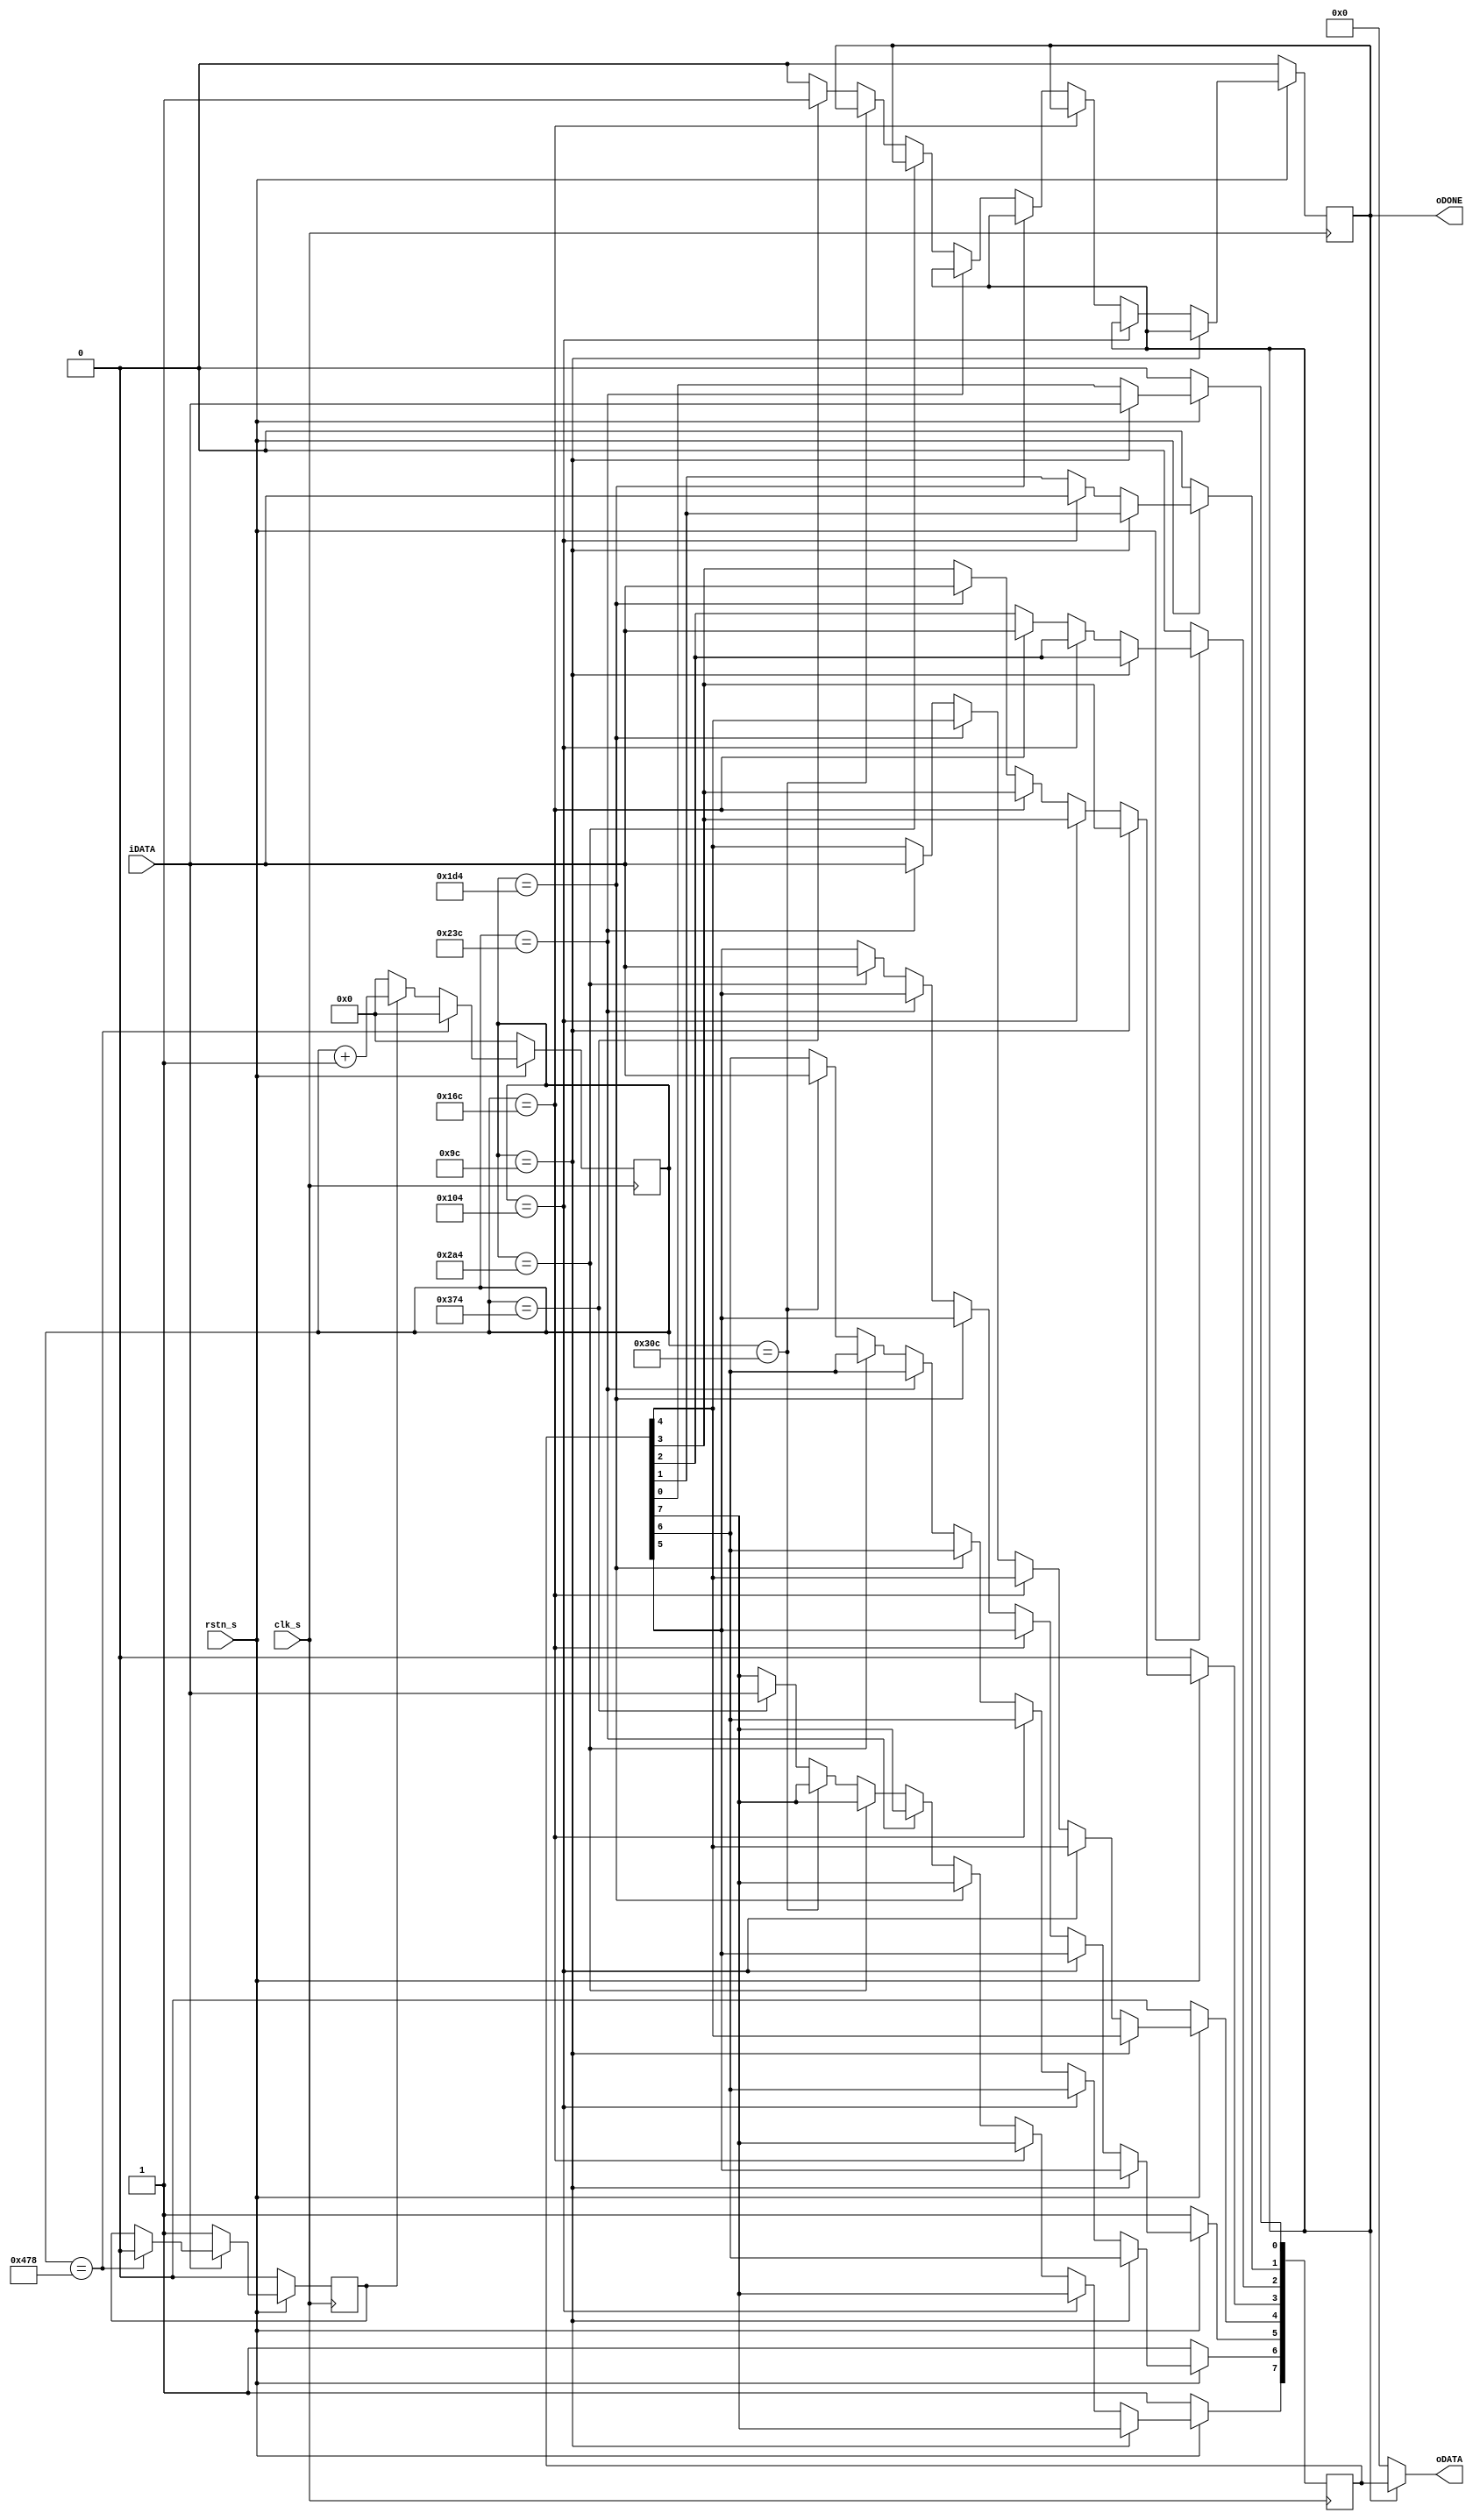
`timescale 1ns / 1ps
//////////////////////////////////////////////////////////////////////////////////
// Company: 
// Engineer: 
// 
// Design Name: 
// Module Name: re232_top_ke_saath
// Project Name: 
// Target Devices: 
// Tool Versions: 
// Description: 
// 
// Dependencies: 
// 
// Revision:
// Revision 0.01 - File Created
// Additional Comments:
// 
//////////////////////////////////////////////////////////////////////////////////


module rx_rs232
(
	input				clk_s	,		
	input				rstn_s	,		
	input				iDATA	,
	output		[ 7:0]	oDATA	,
	output				oDONE			//1Frame finish oDONE=1
);
localparam		clkNUM_bit		=	104	;//Baudrate 960000
//=========================================================
//UART 0-START [1:8]-DATA 9-EVEN/OOD 10-STOP
localparam		clkNUM_frame	=	clkNUM_bit*11	;
reg				D_sig		;	//Detect signal
reg				F_sig		;	//Finish signal
reg		[17:0]	CNT_frame	;	//163691 clk/frame
reg		[ 7:0]	REG_DATA	;
//============== Detect Signal ============================
always@(posedge clk_s)
begin
	if(!rstn_s)
		D_sig	<=	1'b0	;
	else if(!iDATA)		//I detect U
		D_sig	<=	1'b1	;
	else if(CNT_frame==clkNUM_frame)
		D_sig	<=	1'b0	;
end 
//============= CNT_frame =================================
always@(posedge clk_s)
begin
	if(!rstn_s)
		CNT_frame	<=	18'd0	;
	else if(CNT_frame==clkNUM_frame)
		CNT_frame	<=	18'd0	;
	else if(D_sig)
		CNT_frame	<=	CNT_frame + 1'd1	;
	else
		CNT_frame	<=	18'd0	;
end
//============ REG_DATA ===================================
always@(posedge clk_s)
begin
	if(!rstn_s)
		begin
			REG_DATA	<=	8'he0	;
			F_sig		<=	1'b0	;
		end
	else if(CNT_frame == clkNUM_bit/2*3)	//1bit data
		REG_DATA[0]	<=	iDATA	;
	else if(CNT_frame == clkNUM_bit/2*5)	//2bit data
		REG_DATA[1]	<=	iDATA	;
	else if(CNT_frame == clkNUM_bit/2*7)	//3bit data
		REG_DATA[2]	<=	iDATA	;
	else if(CNT_frame == clkNUM_bit/2*9)	//4bit data
		REG_DATA[3]	<=	iDATA	;
	else if(CNT_frame == clkNUM_bit/2*11)	//5bit data
		REG_DATA[4]	<=	iDATA	;
	else if(CNT_frame == clkNUM_bit/2*13)	//6bit data
		REG_DATA[5]	<=	iDATA	;
	else if(CNT_frame == clkNUM_bit/2*15)	//7bit data
		REG_DATA[6]	<=	iDATA	;
	else if(CNT_frame == clkNUM_bit/2*17)	//8bit data
		begin
			REG_DATA[7]	<=	iDATA	;
			F_sig		<=	1'b1	;
		end
	else
		begin
			F_sig		<=	1'b0	;
		end
end
//============== ASSIGN ===================================
assign 	oDATA	=	(F_sig) ? REG_DATA : 8'h00	;
assign	oDONE	=	F_sig		;
endmodule